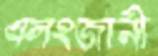
এলংজানী